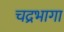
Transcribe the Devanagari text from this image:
चद्रभागा